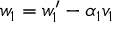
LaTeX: w _ { 1 } = w _ { 1 } ^ { \prime } - \alpha _ { 1 } v _ { 1 }